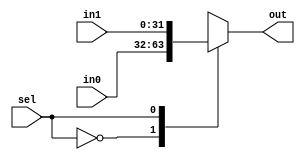
module mux (out, sel, in0, in1);
output reg [31:0] out;
input [31:0] in0, in1;
input sel;

always@ (sel or in0 or in1)
begin 
case(sel)
0:out <= in0;
1:out <=in1;
endcase
end
endmodule